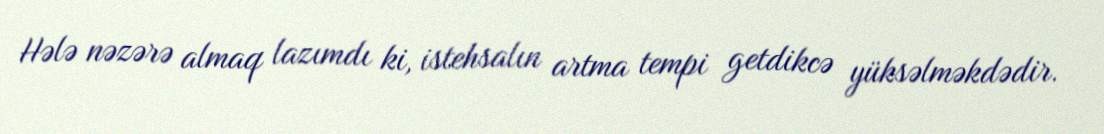
Hələ nəzərə almaq lazımdı ki, istehsalın artma tempi getdikcə yüksəlməkdədir.